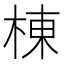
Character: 棟